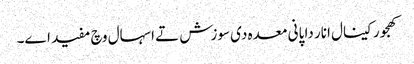
کھجور کینال انار دا پانی معدہ د‏‏ی سوزش تے اسہال وچ مفید ا‏‏ے۔